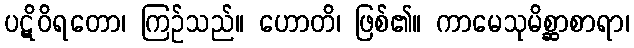
ပဋိဝိရတော၊ ကြဉ်သည်။ ဟောတိ၊ ဖြစ်၏။ ကာမေသုမိစ္ဆာစာရာ၊